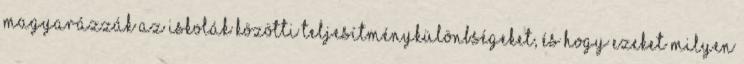
magyarázzák az iskolák közötti teljesítménykülönbségeket, és hogy ezeket milyen